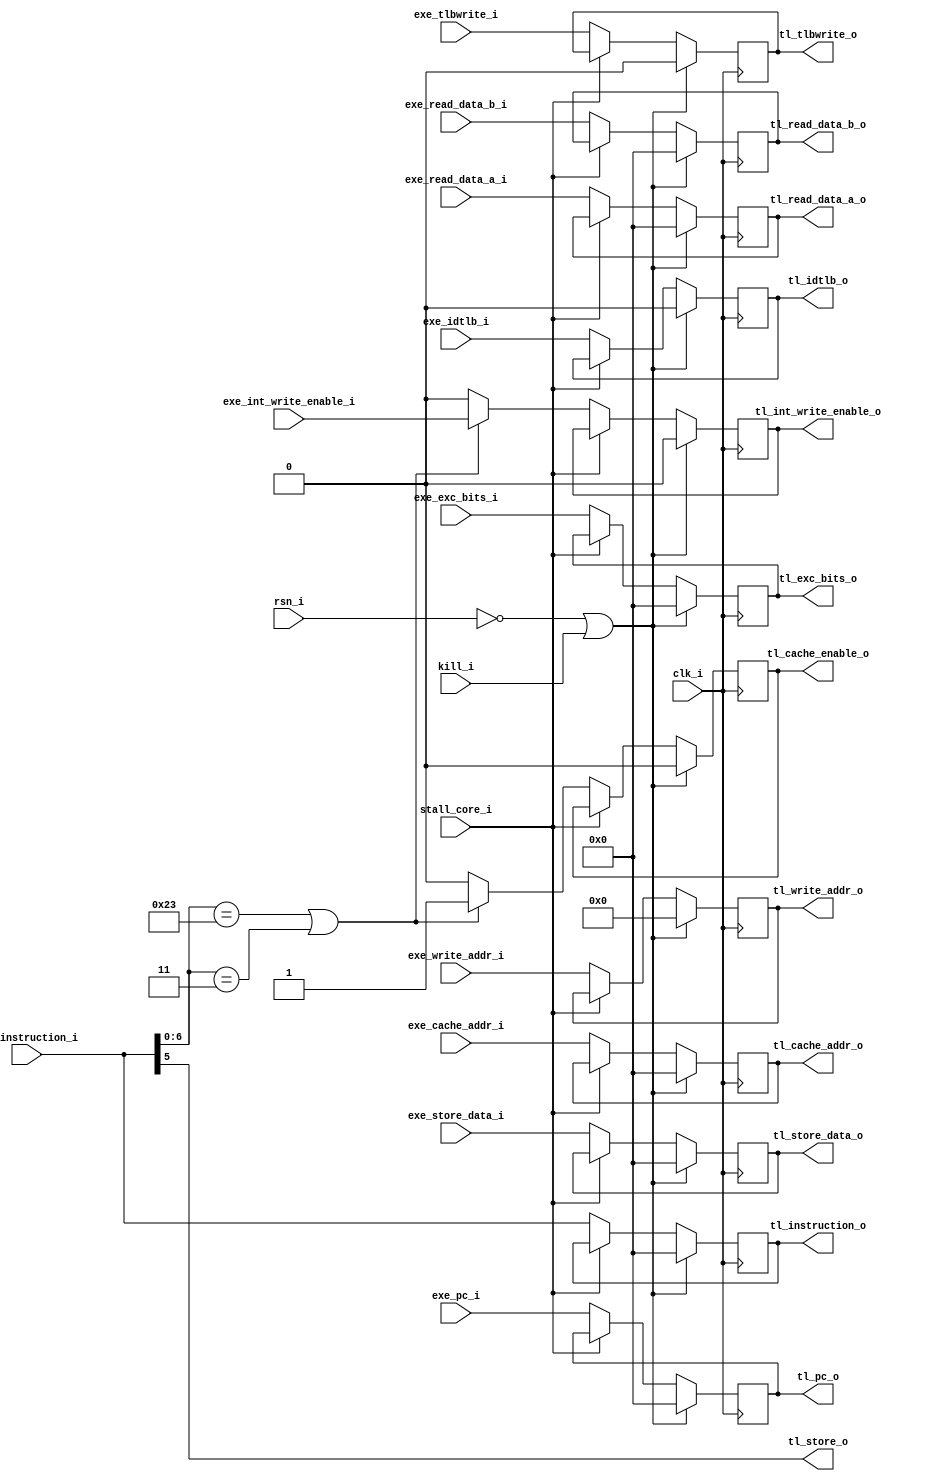
// Execution tl latch

module exe_tl_latch (
input 		clk_i,
input 		rsn_i,
input		kill_i,
input 		stall_core_i,
input	[31:0]	exe_cache_addr_i,
input	[4:0]	exe_write_addr_i,
input		exe_int_write_enable_i,
input 	[31:0] 	exe_store_data_i,
input		exe_tlbwrite_i,
input		exe_idtlb_i,
input	[31:0]	exe_read_data_a_i,
input	[31:0]	exe_read_data_b_i,
input	[31:0]	exe_exc_bits_i,
input	[31:0]	exe_instruction_i,
input	[31:0]	exe_pc_i,
output		tl_cache_enable_o,
output		tl_store_o,
output	[31:0]	tl_cache_addr_o,
output	[4:0]	tl_write_addr_o,
output		tl_int_write_enable_o,
output 	[31:0] 	tl_store_data_o,
output		tl_tlbwrite_o,
output		tl_idtlb_o,
output	[31:0]	tl_read_data_a_o,
output	[31:0]	tl_read_data_b_o,
output	[31:0]	tl_exc_bits_o,
output	[31:0]	tl_instruction_o,
output 	[31:0]	tl_pc_o
);

reg [31:0] tl_cache_addr;
reg tl_cache_enable;
reg tl_store;
reg [4:0] tl_write_addr;
reg tl_int_write_enable;
reg [31:0] tl_store_data;
reg tl_tlbwrite;
reg tl_idtlb;
reg [31:0] tl_read_data_a;
reg [31:0] tl_read_data_b;
reg [31:0] tl_exc_bits;
reg [31:0] tl_instruction;
reg [31:0] tl_pc;

assign tl_store_o = exe_instruction_i[5];
assign tl_cache_addr_o = tl_cache_addr;
assign tl_write_addr_o = tl_write_addr;
assign tl_int_write_enable_o = tl_int_write_enable;
assign tl_store_data_o = tl_store_data;
assign tl_tlbwrite_o = tl_tlbwrite;
assign tl_idtlb_o = tl_idtlb;
assign tl_read_data_a_o = tl_read_data_a;
assign tl_read_data_b_o = tl_read_data_b;
assign tl_exc_bits_o = tl_exc_bits;
assign tl_cache_enable_o = tl_cache_enable;
assign tl_instruction_o = tl_instruction;
assign tl_pc_o = tl_pc;
	
// Latch 
always @(posedge clk_i)
begin
	if (!rsn_i || kill_i) begin
		tl_cache_enable = 1'b0;
		tl_cache_addr = 32'b0;
		tl_write_addr = 5'b0;
		tl_int_write_enable = 1'b0;
    		tl_store_data = 32'b0;
		tl_tlbwrite = 1'b0;
		tl_idtlb = 1'b0;
		tl_read_data_a = 32'b0;
		tl_read_data_b = 32'b0;
		tl_exc_bits = 32'b0;
		tl_instruction = 32'b0;
		tl_pc = 32'b0;
	end
	else begin
		if (!stall_core_i) begin
			if (exe_instruction_i[6:0] == 7'b0100011 || exe_instruction_i[6:0] == 7'b0000011) begin
				tl_int_write_enable = exe_int_write_enable_i;
				tl_cache_enable = 1'b1;
			end
			else begin
				tl_int_write_enable = 1'b0;
				tl_cache_enable = 1'b0;
			end
			tl_cache_addr = exe_cache_addr_i;
			tl_write_addr = exe_write_addr_i;
    			tl_store_data = exe_store_data_i;
			tl_tlbwrite   = exe_tlbwrite_i;
			tl_idtlb      = exe_idtlb_i;
			tl_read_data_a = exe_read_data_a_i;
			tl_read_data_b = exe_read_data_b_i;
			tl_exc_bits = exe_exc_bits_i;
			tl_instruction = exe_instruction_i;
			tl_pc = exe_pc_i;
		end
	end
end
endmodule